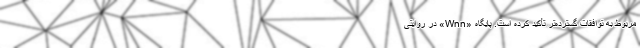
مربوط به توافقات گسترده‌تر تأکید کرده است. پایگاه «Wnn» در روایتی